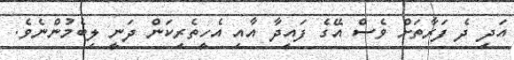
އަދި ދެ ފަރާތަށް ވެސް އޭގެ ފައިދާ އާއި އެހީތެރިކަން ދަނީ ލިބެމުންނެވެ.